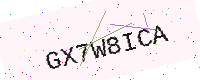
Text: GX7W8ICA